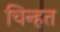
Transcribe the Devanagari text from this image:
चिन्हत